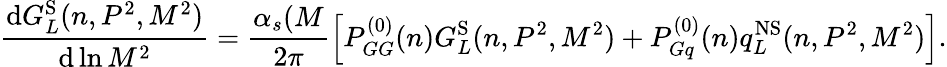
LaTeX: \frac{{\mathrm{d}}G_{L}^{\mathrm{S}}(n,P^{2},M^{2})}{{\mathrm{d}}\ln M^{2}}=\frac{\alpha_{s}(M}{2\pi}\left[P_{GG}^{(0)}(n)G_{L}^{\mathrm{S}}(n,P^{2},M^{2})+P_{Gq}^{(0)}(n)q_{L}^{\mathrm{NS}}(n,P^{2},M^{2})\right].